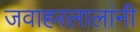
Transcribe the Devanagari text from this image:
जवाहरलालांनी